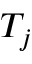
T _ { j }